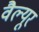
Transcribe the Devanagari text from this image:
वैल्यूर